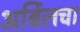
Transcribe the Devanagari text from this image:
अर्बिलचा